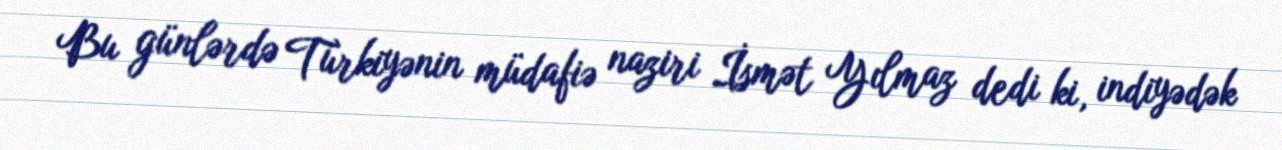
Bu günlərdə Türkiyənin müdafiə naziri İsmət Yılmaz dedi ki, indiyədək